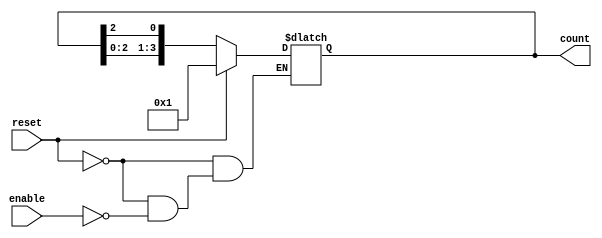
module async_ring_counter (
    input wire reset,       // Asynchronous reset
    input wire enable,      // Enable signal to trigger the counter
    output reg [N-1:0] count // Output count (N-bit)
);
    parameter N = 4; // Number of bits in the ring counter

    // Initial state
    initial begin
        count = 1; // Start with the first flip-flop set to '1'
    end

    // Asynchronous logic
    always @(*) begin
        if (reset) begin
            count = 1; // Reset to initial state
        end else if (enable) begin
            count = {count[N-2:0], count[N-1]}; // Shift left
            count[0] = count[N-1]; // Feedback to the first flip-flop
        end
    end
endmodule